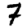
Digit: 7